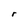
Character: r